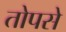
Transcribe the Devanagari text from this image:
तोपसे